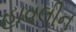
હાવલીન